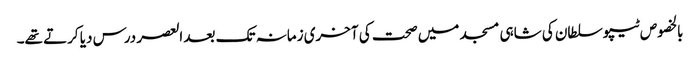
بالخصوص ٹیپوسلطان کی شاہی مسجد میں صحت کی آخری زمانہ تک بعد العصر درس دیا کرتے تھے۔